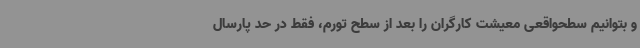
و بتوانیم سطحواقعی معیشت کارگران را بعد از سطح تورم، فقط در حد پارسال